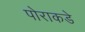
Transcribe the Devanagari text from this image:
पोराकडे